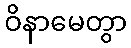
ဝိနာမေတွာ